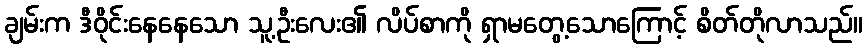
ချမ်းက ဒီဝိုင်းနေနေသော သူ့ဦးလေး၏ လိပ်စာကို ရှာမတွေ့သောကြောင့် စိတ်တိုလာသည်။